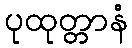
ပုထုတ္တာနံ